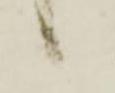
候